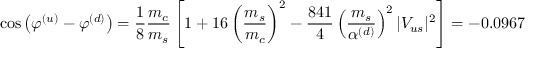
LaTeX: \cos \left( \varphi ^ { ( u ) } - \varphi ^ { ( d ) } \right) = \frac { 1 } { 8 } \frac { m _ { c } } { m _ { s } } \left[ 1 + 1 6 \left( \frac { m _ { s } } { m _ { c } } \right) ^ { 2 } - \frac { 8 4 1 } { 4 } \left( \frac { m _ { s } } { \alpha ^ { ( d ) } } \right) ^ { 2 } | V _ { u s } | ^ { 2 } \right] = - 0 . 0 9 6 7